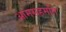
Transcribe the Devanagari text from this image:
आमसहमति